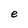
Character: e